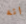
انه